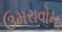
ઉમરાવોના